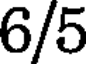
6/5